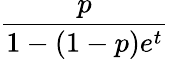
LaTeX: \frac{p}{1-(1-p)e^{t}}